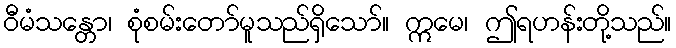
ဝီမံသန္တော၊ စုံစမ်းတော်မူသည်ရှိသော်။ ဣမေ၊ ဤရဟန်းတို့သည်။